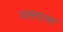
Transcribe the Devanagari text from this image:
नलराजा